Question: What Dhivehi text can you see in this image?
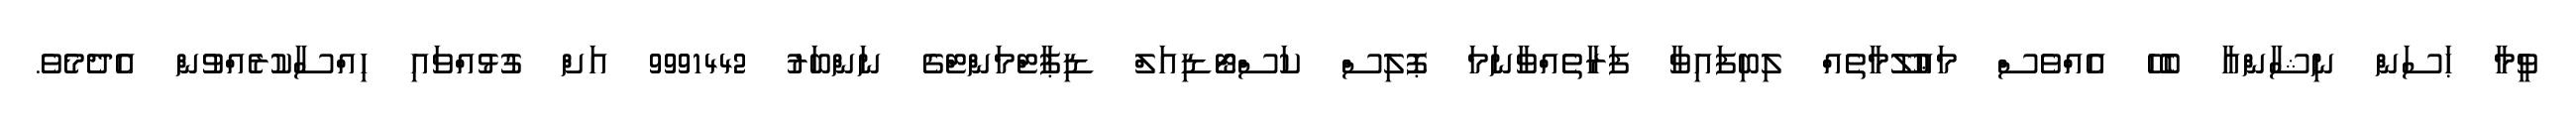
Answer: ވީމާ ޙަސަން ނިޝާންއާ ބެހޭ އެއްވެސް މަޢުލޫމާތެއް ލިބިފައިވާ ފަރާތެއްވާނަމަ ޕޮލިސް ކަސްޓޯޑިއަލް ޑިޕާޓްމަންޓްގެ ނަންބަރު 9991442 އަށް ގުޅުއްވައި ހިއްސާކުރެއްވުން އެދެމެވެ.